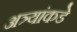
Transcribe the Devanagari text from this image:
अत्र्यांकडे